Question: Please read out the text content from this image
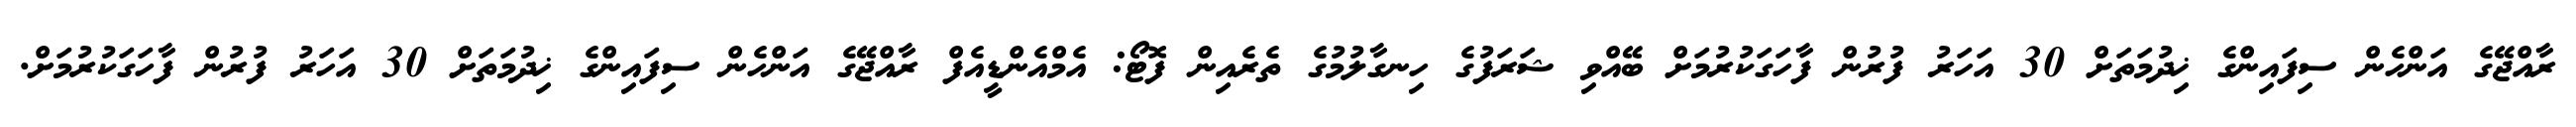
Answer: ރާއްޖޭގެ އަންހެން ސިފައިންގެ ޚިދުމަތަށް 30 އަހަރު ފުރުން ފާހަގަކުރުމަށް ބޭއްވި ޝަރަފުގެ ހިނގާލުމުގެ ތެރެއިން ފޮޓޯ: އެމްއެންޑީއެފް ރާއްޖޭގެ އަންހެން ސިފައިންގެ ޚިދުމަތަށް 30 އަހަރު ފުރުން ފާހަގަކުރުމަށް.